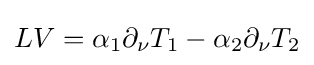
LV=\alpha _{1}\partial _{\nu }T_{1}-\alpha _{2}\partial _{\nu }T_{2}